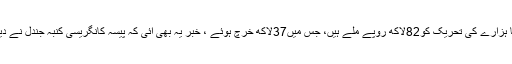
انا ہزارے کی تحریک کو82لاکھ روپے ملے ہیں، جس میں37لاکھ خرچ ہوئے ، خبر یہ بھی آئی کہ پیسہ کانگریسی کنبہ جندل نے دیا۔